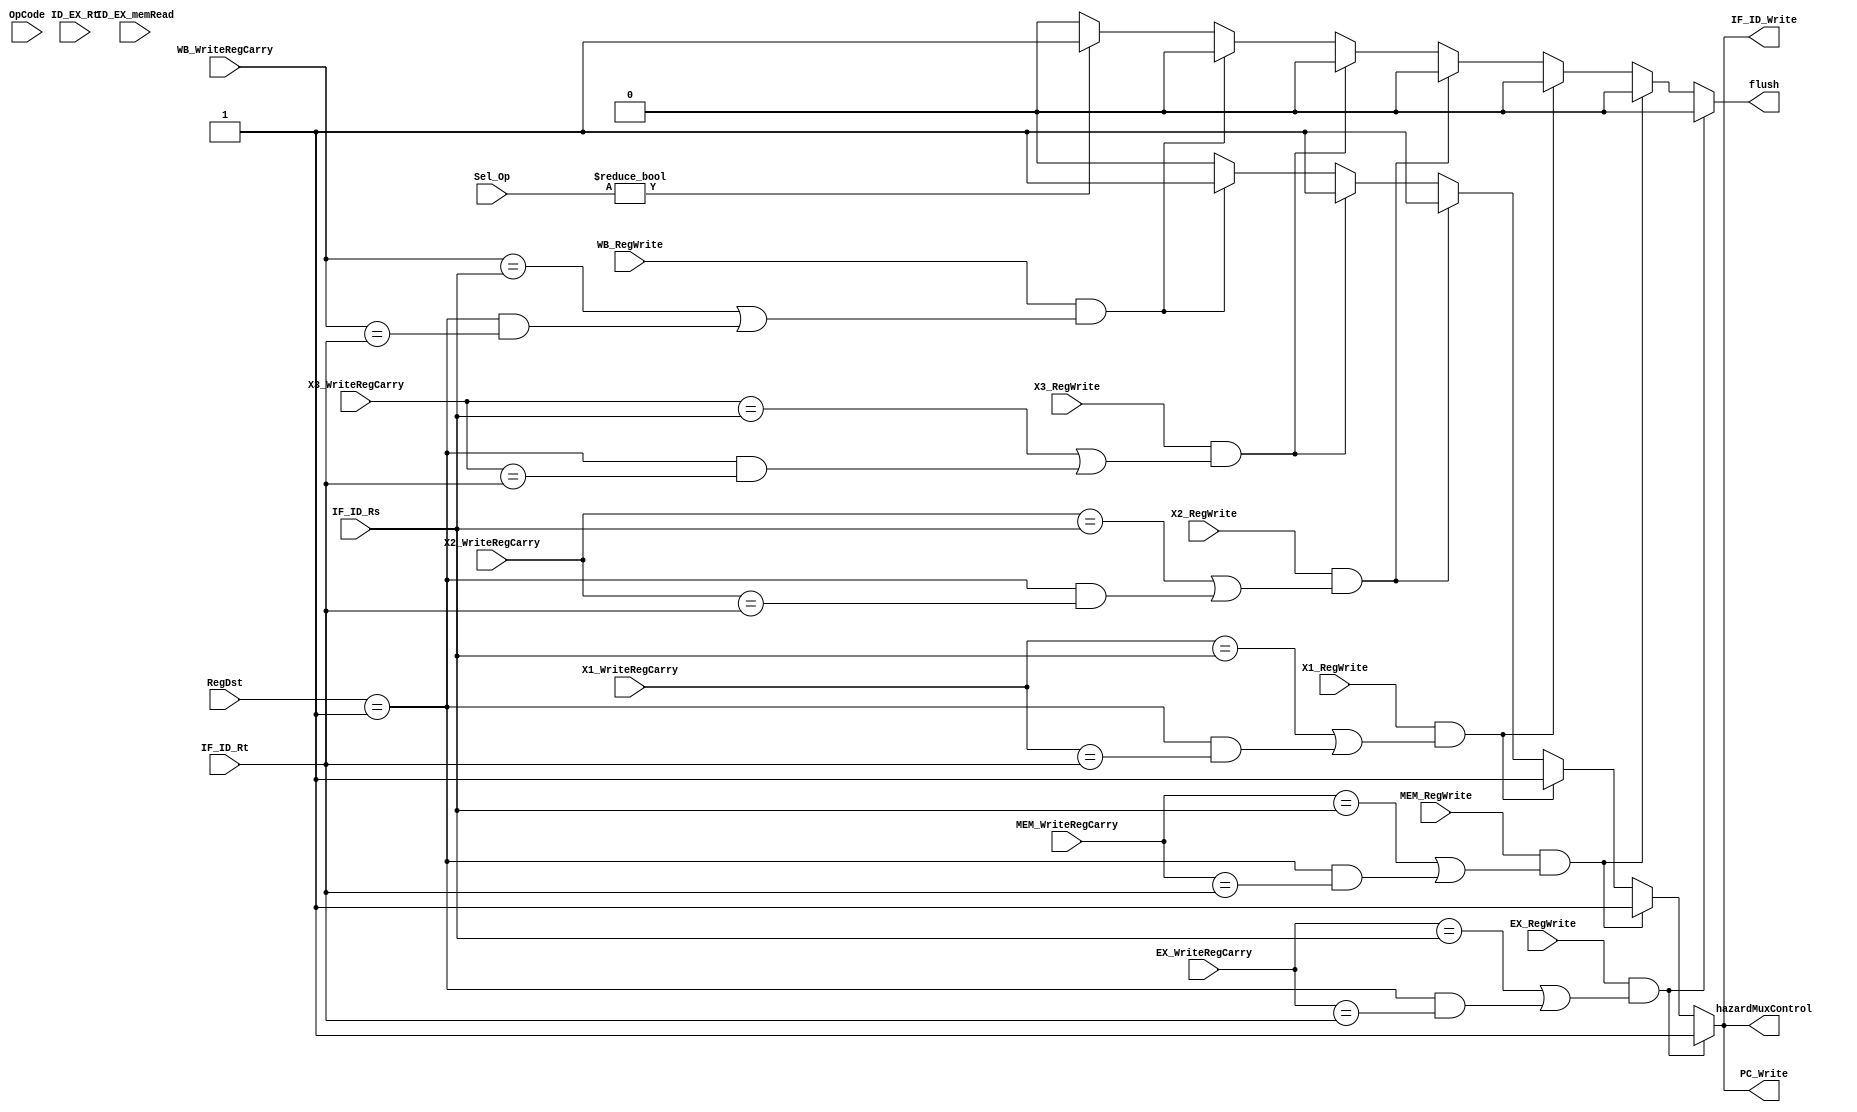
`timescale 1ns/1ps

//////////////////////////////////////////////////////////////////////////////////
/*
Lab Group Names:
Alan Loreto Cornidez 33%
Chris W Bremser 33%
Haseeb Irfan 33%
*/ 
//////////////////////////////////////////////////////////////////////////////////



module hazardDetection (
   RegDst,
   ID_EX_Rt,
   IF_ID_Rs,
   IF_ID_Rt,
   Sel_Op,
   ID_EX_memRead,
   PC_Write,
   flush,
   IF_ID_Write,
   hazardMuxControl,
   OpCode,
   
   
   EX_WriteRegCarry,
   MEM_WriteRegCarry,
   WB_WriteRegCarry,
   X1_WriteRegCarry,
   X2_WriteRegCarry,
   X3_WriteRegCarry,
   EX_RegWrite,
   MEM_RegWrite,
   WB_RegWrite,
   X1_RegWrite,
   X2_RegWrite,
   X3_RegWrite
);
input [1:0] RegDst;
input [4:0] ID_EX_Rt;
input [4:0] IF_ID_Rs;
input [4:0] IF_ID_Rt;
input [1:0] Sel_Op;

//input [4:0] ID_WriteRegCarry;
input [4:0] EX_WriteRegCarry;
input [4:0] MEM_WriteRegCarry;
input [4:0] WB_WriteRegCarry;
input [4:0] X1_WriteRegCarry;
input [4:0] X2_WriteRegCarry;
input [4:0] X3_WriteRegCarry;

input ID_EX_memRead;


input EX_RegWrite;
input MEM_RegWrite;
input WB_RegWrite;
input X1_RegWrite;
input X2_RegWrite;
input X3_RegWrite;

input [5:0] OpCode;

output reg PC_Write;
output reg flush; 
output reg IF_ID_Write;
output reg hazardMuxControl;

reg branchFlag;

//Stall signal to the program counter
//output to the control
//ifid must recieve zeroes to stall.


initial begin
    PC_Write = 0;
    IF_ID_Write = 0;
    hazardMuxControl = 0;
    flush = 0;
    branchFlag = 0;
end

always @(*)
begin
    PC_Write = 0;
    IF_ID_Write = 0;
    hazardMuxControl = 0;
    flush = 0;
    branchFlag = 0;
    //if((ID_EX_memRead == 1) &&( ( ID_EX_Rt == IF_ID_Rs) || (ID_EX_Rt == IF_ID_Rt)))
    //begin
    // stall Stop Program counter
    //    PC_Write <= 1;
    // stall the pipeline
    //    IF_ID_Write <= 1;
    // set hazard mux control to 1 (sending nop into pipeline)
    //    hazardMuxControl <= 1;
    // 
    //end
    
    case (OpCode)
        6'b000001: branchFlag = 1;
        6'b000100: branchFlag = 1;
        6'b000101: branchFlag = 1;
        6'b000111: branchFlag = 1;
        6'b000110: branchFlag = 1;
        default: branchFlag = 0;
    endcase
    
    
    if ((EX_RegWrite == 1) && ((EX_WriteRegCarry == IF_ID_Rs) || ((RegDst == 2'b01) && EX_WriteRegCarry == IF_ID_Rt))) begin
    
    // stall Stop Program counter
        PC_Write = 1;
    // stall the pipeline
        IF_ID_Write = 1;
    // set hazard mux control to 1 (sending nop into pipeline)
        hazardMuxControl = 1;
    end
    
    else if ((MEM_RegWrite == 1) && ((MEM_WriteRegCarry == IF_ID_Rs) || ((RegDst == 2'b01) && MEM_WriteRegCarry == IF_ID_Rt))) begin
    // stall Stop Program counter
        PC_Write = 1;
    // stall the pipeline
        IF_ID_Write = 1;
    // set hazard mux control to 1 (sending nop into pipeline)
        hazardMuxControl = 1;
    end
    
    else if ((X1_RegWrite == 1) && ((X1_WriteRegCarry == IF_ID_Rs) || ((RegDst == 2'b01) && X1_WriteRegCarry == IF_ID_Rt))) begin
    // stall Stop Program counter
        PC_Write = 1;
    // stall the pipeline
        IF_ID_Write = 1;
    // set hazard mux control to 1 (sending nop into pipeline)
        hazardMuxControl = 1;
    end
    
    else if ((X2_RegWrite == 1) && ((X2_WriteRegCarry == IF_ID_Rs) || ((RegDst == 2'b01) && X2_WriteRegCarry == IF_ID_Rt))) begin
    // stall Stop Program counter
        PC_Write = 1;
    // stall the pipeline
        IF_ID_Write = 1;
    // set hazard mux control to 1 (sending nop into pipeline)
        hazardMuxControl = 1;
    end
    
    else if ((X3_RegWrite == 1) && ((X3_WriteRegCarry == IF_ID_Rs) || ((RegDst == 2'b01) && X3_WriteRegCarry == IF_ID_Rt))) begin
    // stall Stop Program counter
        PC_Write = 1;
    // stall the pipeline
        IF_ID_Write = 1;
    // set hazard mux control to 1 (sending nop into pipeline)
        hazardMuxControl = 1;
    end
    
    else if ((WB_RegWrite == 1) && ((WB_WriteRegCarry == IF_ID_Rs) || ((RegDst == 2'b01) && WB_WriteRegCarry == IF_ID_Rt))) begin
    // stall Stop Program counter
        PC_Write = 1;
    // stall the pipeline
        IF_ID_Write = 1;
    // set hazard mux control to 1 (sending nop into pipeline)
        hazardMuxControl = 1;
    end
    
    /*
    //branch
    else if ((WB_RegWrite == 1) && ((WB_WriteRegCarry == IF_ID_Rs) || (WB_WriteRegCarry == IF_ID_Rt)) && (branchFlag)) begin
    // stall Stop Program counter
        PC_Write = 1;
    // stall the pipeline
        IF_ID_Write = 1;
    // set hazard mux control to 1 (sending nop into pipeline)
        hazardMuxControl = 1;
    end
    
    //branch
    else if ((MEM_RegWrite == 1) && ((MEM_WriteRegCarry == IF_ID_Rs) || (MEM_WriteRegCarry == IF_ID_Rt)) && (branchFlag)) begin
    // stall Stop Program counter
        PC_Write = 1;
    // stall the pipeline
        IF_ID_Write = 1;
    // set hazard mux control to 1 (sending nop into pipeline)
        hazardMuxControl = 1;
    end
    */
    
    else if (Sel_Op != 0) begin //flushes loaded instructions in branch taken event
        flush = 1;
    end
    
end

endmodule